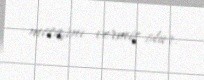
mesajını vermiş olur.